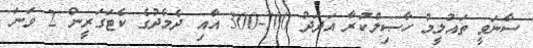
ސާނަވީ ތައުލީމު ހާޞިލްކުރާ އަދަދު 100-300 އާއި ދެމެދުގެ ކެޓަގަރީން 2 ވަނަ